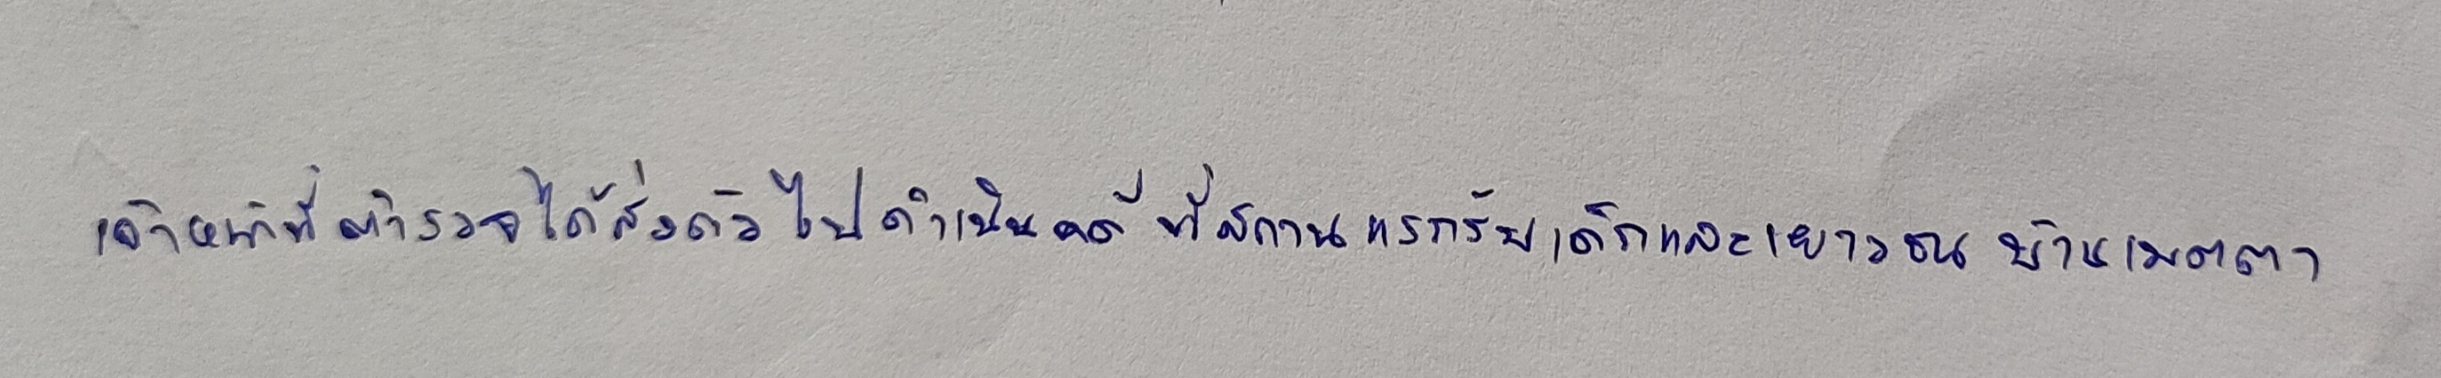
เจ้าหน้าที่ตำรวจได้ส่งตัวไปดำเนินคดีที่สถานแรกรับเด็กและเยาวชนบ้านเมตตา